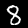
Digit: 8